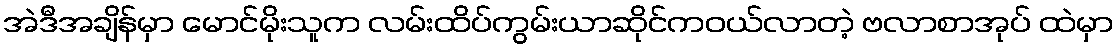
အဲဒီအချိန်မှာ မောင်မိုးသူက လမ်းထိပ်ကွမ်းယာဆိုင်ကဝယ်လာတဲ့ ဗလာစာအုပ် ထဲမှာ